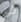
ذى